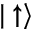
| \uparrow \rangle